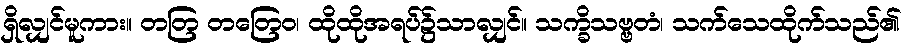
ရှိလျှင်မူကား။ တတြ တတြေဝ၊ ထိုထိုအရပ်၌သာလျှင်။ သက္ခိသဗ္ဗတံ၊ သက်သေထိုက်သည်၏